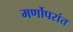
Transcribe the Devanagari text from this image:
मर्णोपरांत